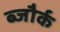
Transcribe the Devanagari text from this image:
ब्जौर्क